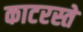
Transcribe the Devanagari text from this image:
काटरस्ते